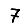
Digit: 7